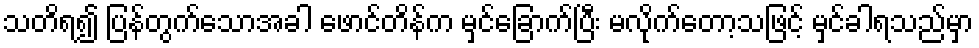
သတိရ၍ ပြန်တွက်သောအခါ ဖောင်တိန်က မှင်ခြောက်ပြီး မလိုက်တော့သဖြင့် မှင်ခါရသည်မှာ